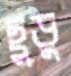
ছুডু